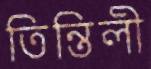
তিন্তিলী